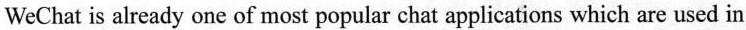
weChat is already one of most popular chat applications which are used in